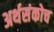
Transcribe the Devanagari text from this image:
अर्थसंकोच